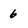
Character: 6